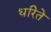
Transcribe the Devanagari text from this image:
धरिते